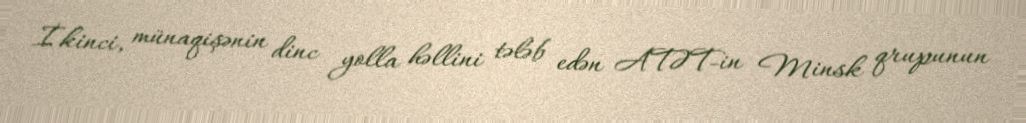
İkinci, münaqişənin dinc yolla həllini tələb edən ATƏT-in Minsk qrupunun